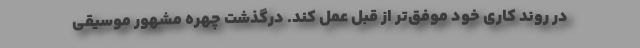
در روند کاری خود موفق‌تر از قبل عمل کند. درگذشت چهره مشهور موسیقی